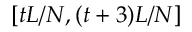
[ t L / N , ( t + 3 ) L / N ]